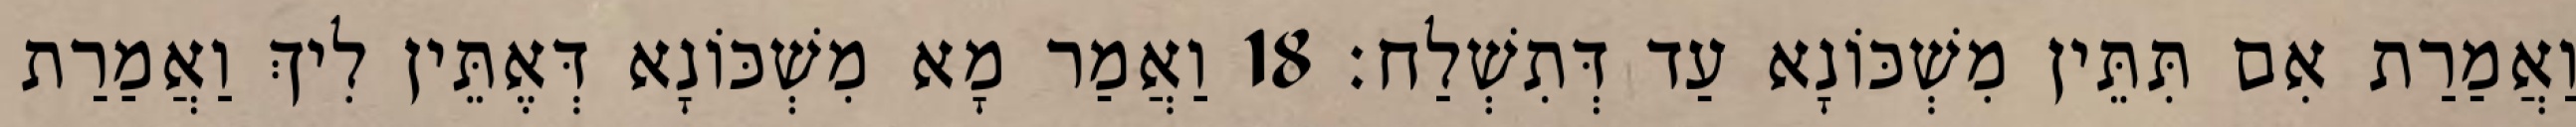
וַאֲמַרַת אִם תִּתֵּין מִשְׁכּוֹנָא עַד דְּתִשְׁלַח׃ 18 וַאֲמַר מָא מִשְׁכּוֹנָא דְּאֶתֵּין לִיךְ וַאֲמַרַת